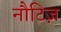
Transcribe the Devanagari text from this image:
नौटिज़